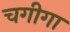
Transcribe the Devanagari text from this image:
चगीगा